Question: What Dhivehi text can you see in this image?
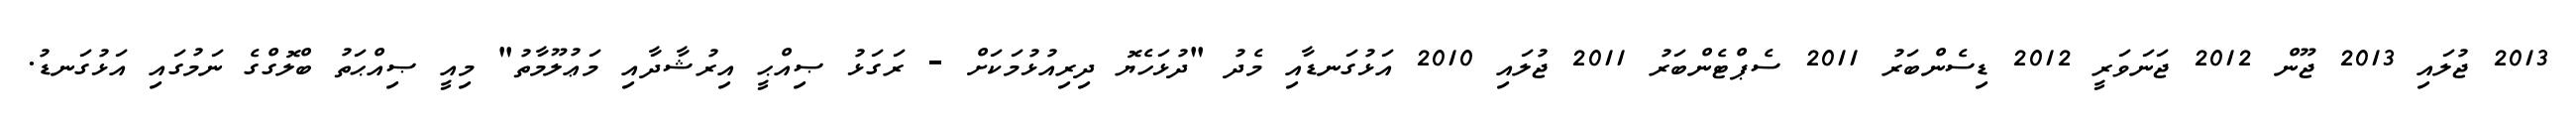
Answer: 2013 ޖުލައި 2013 ޖޫން 2012 ޖަނަވަރީ 2012 ޑިސެންބަރު 2011 ސެޕްޓެންބަރު 2011 ޖުލައި 2010 އަޅުގަނޑާއި މެދު "ދުޅަހެޔޮ ދިރިއުޅުމަކަށް - ރަގަޅު ޞިއްޙީ އިރުޝާދާއި މަޢުލޫމާތު" މިއީ ޞިއްޙަތު ބްލޮގްގެ ނަމުގައި އަޅުގަނޑު.